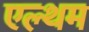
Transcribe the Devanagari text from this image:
एल्थम